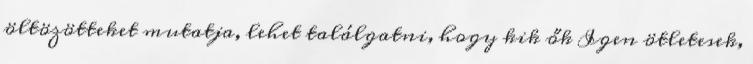
öltözötteket mutatja, lehet találgatni, hogy kik ők Igen ötletesek,